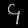
Digit: ၄